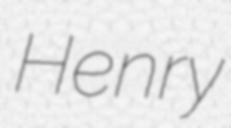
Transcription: Henry